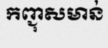
កញ្ជុសមាន់